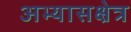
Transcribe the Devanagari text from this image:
अभ्यासक्षेत्र